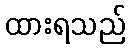
ထားရသည်